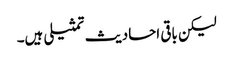
لیکن باقی احادیث تمثیلی ہیں۔